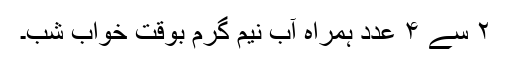
۲ سے ۴ عدد ہمراہ آبِ نیم گرم بوقت خوابِ شب۔